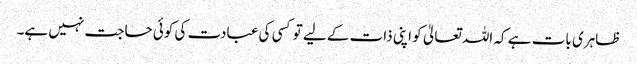
ظاہری بات ہے کہ اللہ تعالیٰ کو اپنی ذات کے لیے تو کسی کی عبادت کی کوئی حاجت نہیں ہے۔